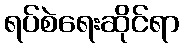
ရပ်စဲရေးဆိုင်ရာ